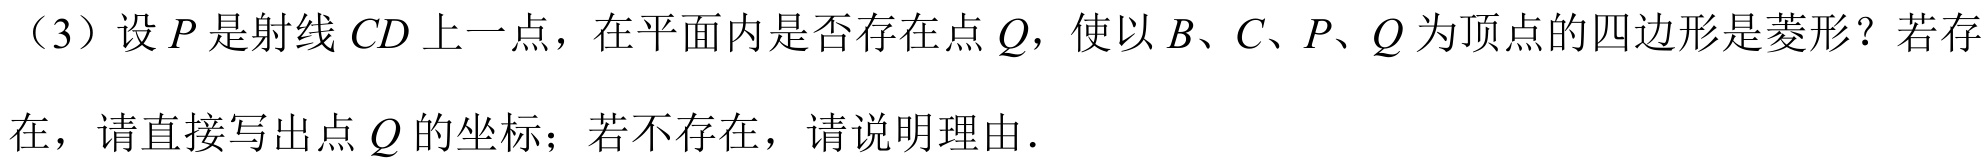
（3）设 \(P\) 是射线 \(CD\) 上一点，在平面内是否存在点 \(Q\)，使以 \(B、C、P、Q\) 为顶点的四边形是菱形？若存
在，请直接写出点 \(Q\) 的坐标；若不存在，请说明理由．